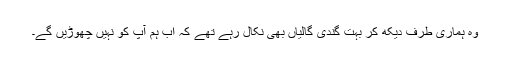
وہ ہماری طرف دیکھ کر بہت گندی گالیاں بھی نکال رہے تھے کہ اب ہم آپ کو نہیں چھوڑیں گے۔